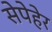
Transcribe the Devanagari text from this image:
सेपेहेर